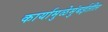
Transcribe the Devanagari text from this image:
कार्यामुळेमुंबईतील